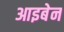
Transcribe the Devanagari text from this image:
आइबेन